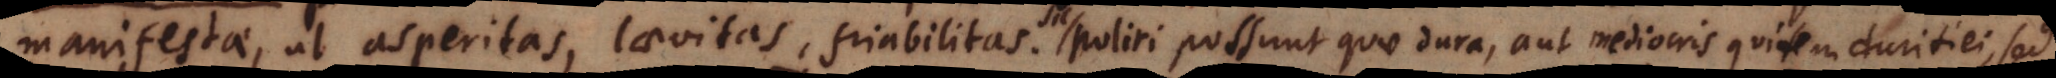
manifestae, ut asperitas, laevitas, friabilitas. poliri possunt quae dura, aut mediocris quidem duritiei, sed